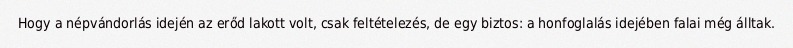
Hogy a népvándorlás idején az erőd lakott volt, csak feltételezés, de egy biztos: a honfoglalás idejében falai még álltak.